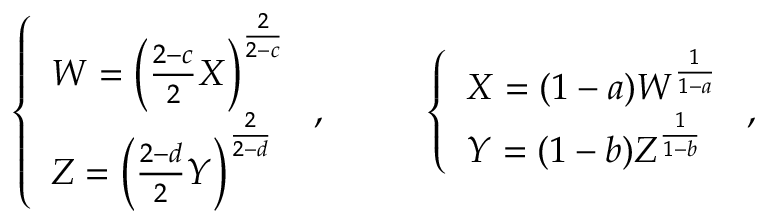
\left\{ \begin{array} { l } { { W = \left( { \frac { 2 - c } { 2 } } X \right) ^ { \frac { 2 } { 2 - c } } } } \\ { { Z = \left( { \frac { 2 - d } { 2 } } Y \right) ^ { \frac { 2 } { 2 - d } } } } \end{array} \right. , \ \ \ \ \ \ \ \ \left\{ \begin{array} { l } { { X = ( 1 - a ) W ^ { \frac { 1 } { 1 - a } } } } \\ { { Y = ( 1 - b ) Z ^ { \frac { 1 } { 1 - b } } } } \end{array} \right. ,